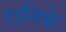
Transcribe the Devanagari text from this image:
रानिके